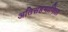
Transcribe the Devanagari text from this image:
अतिसहभागिता